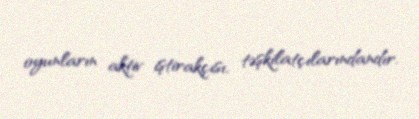
oyunların aktiv iştirakçısı, təşkilatçılarındandır.